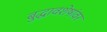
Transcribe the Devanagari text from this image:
बुद्धावशेषांवर